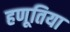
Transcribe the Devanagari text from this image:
हणूतिया